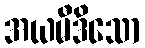
အယမီဒိသော